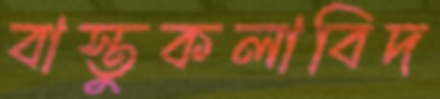
বাস্তুকলাবিদ